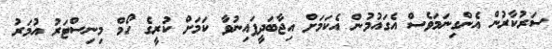
ސަރުކާރުން އެންގިނަމަވެސް އެގައުމުން އެކަމަށް އިޖާބަދީފައިނުވާ ކަމަށް ކުރީގެ ހޯމް މިނިސްޓަރު އުމަރު